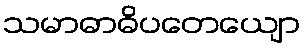
သမာဓာဓိပတေယျော